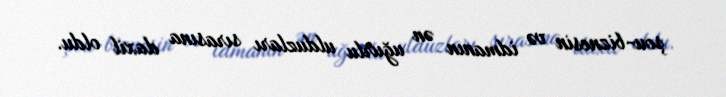
şou-biznesin və idmanın ən uğurlu ulduzları sırasına daxil oldu.